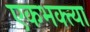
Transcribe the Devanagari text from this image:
एकभक्त्या